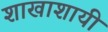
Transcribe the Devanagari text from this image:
शाखाशायी